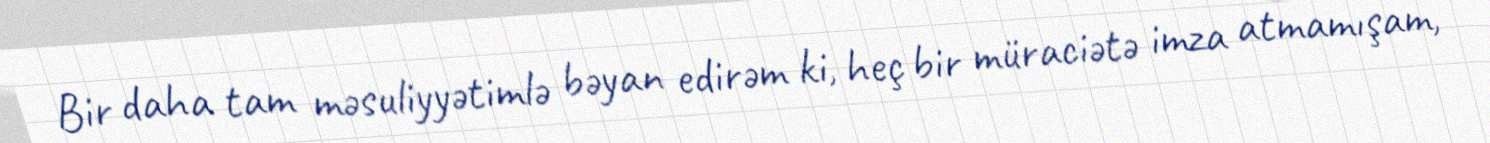
Bir daha tam məsuliyyətimlə bəyan edirəm ki, heç bir müraciətə imza atmamışam,